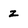
Character: z